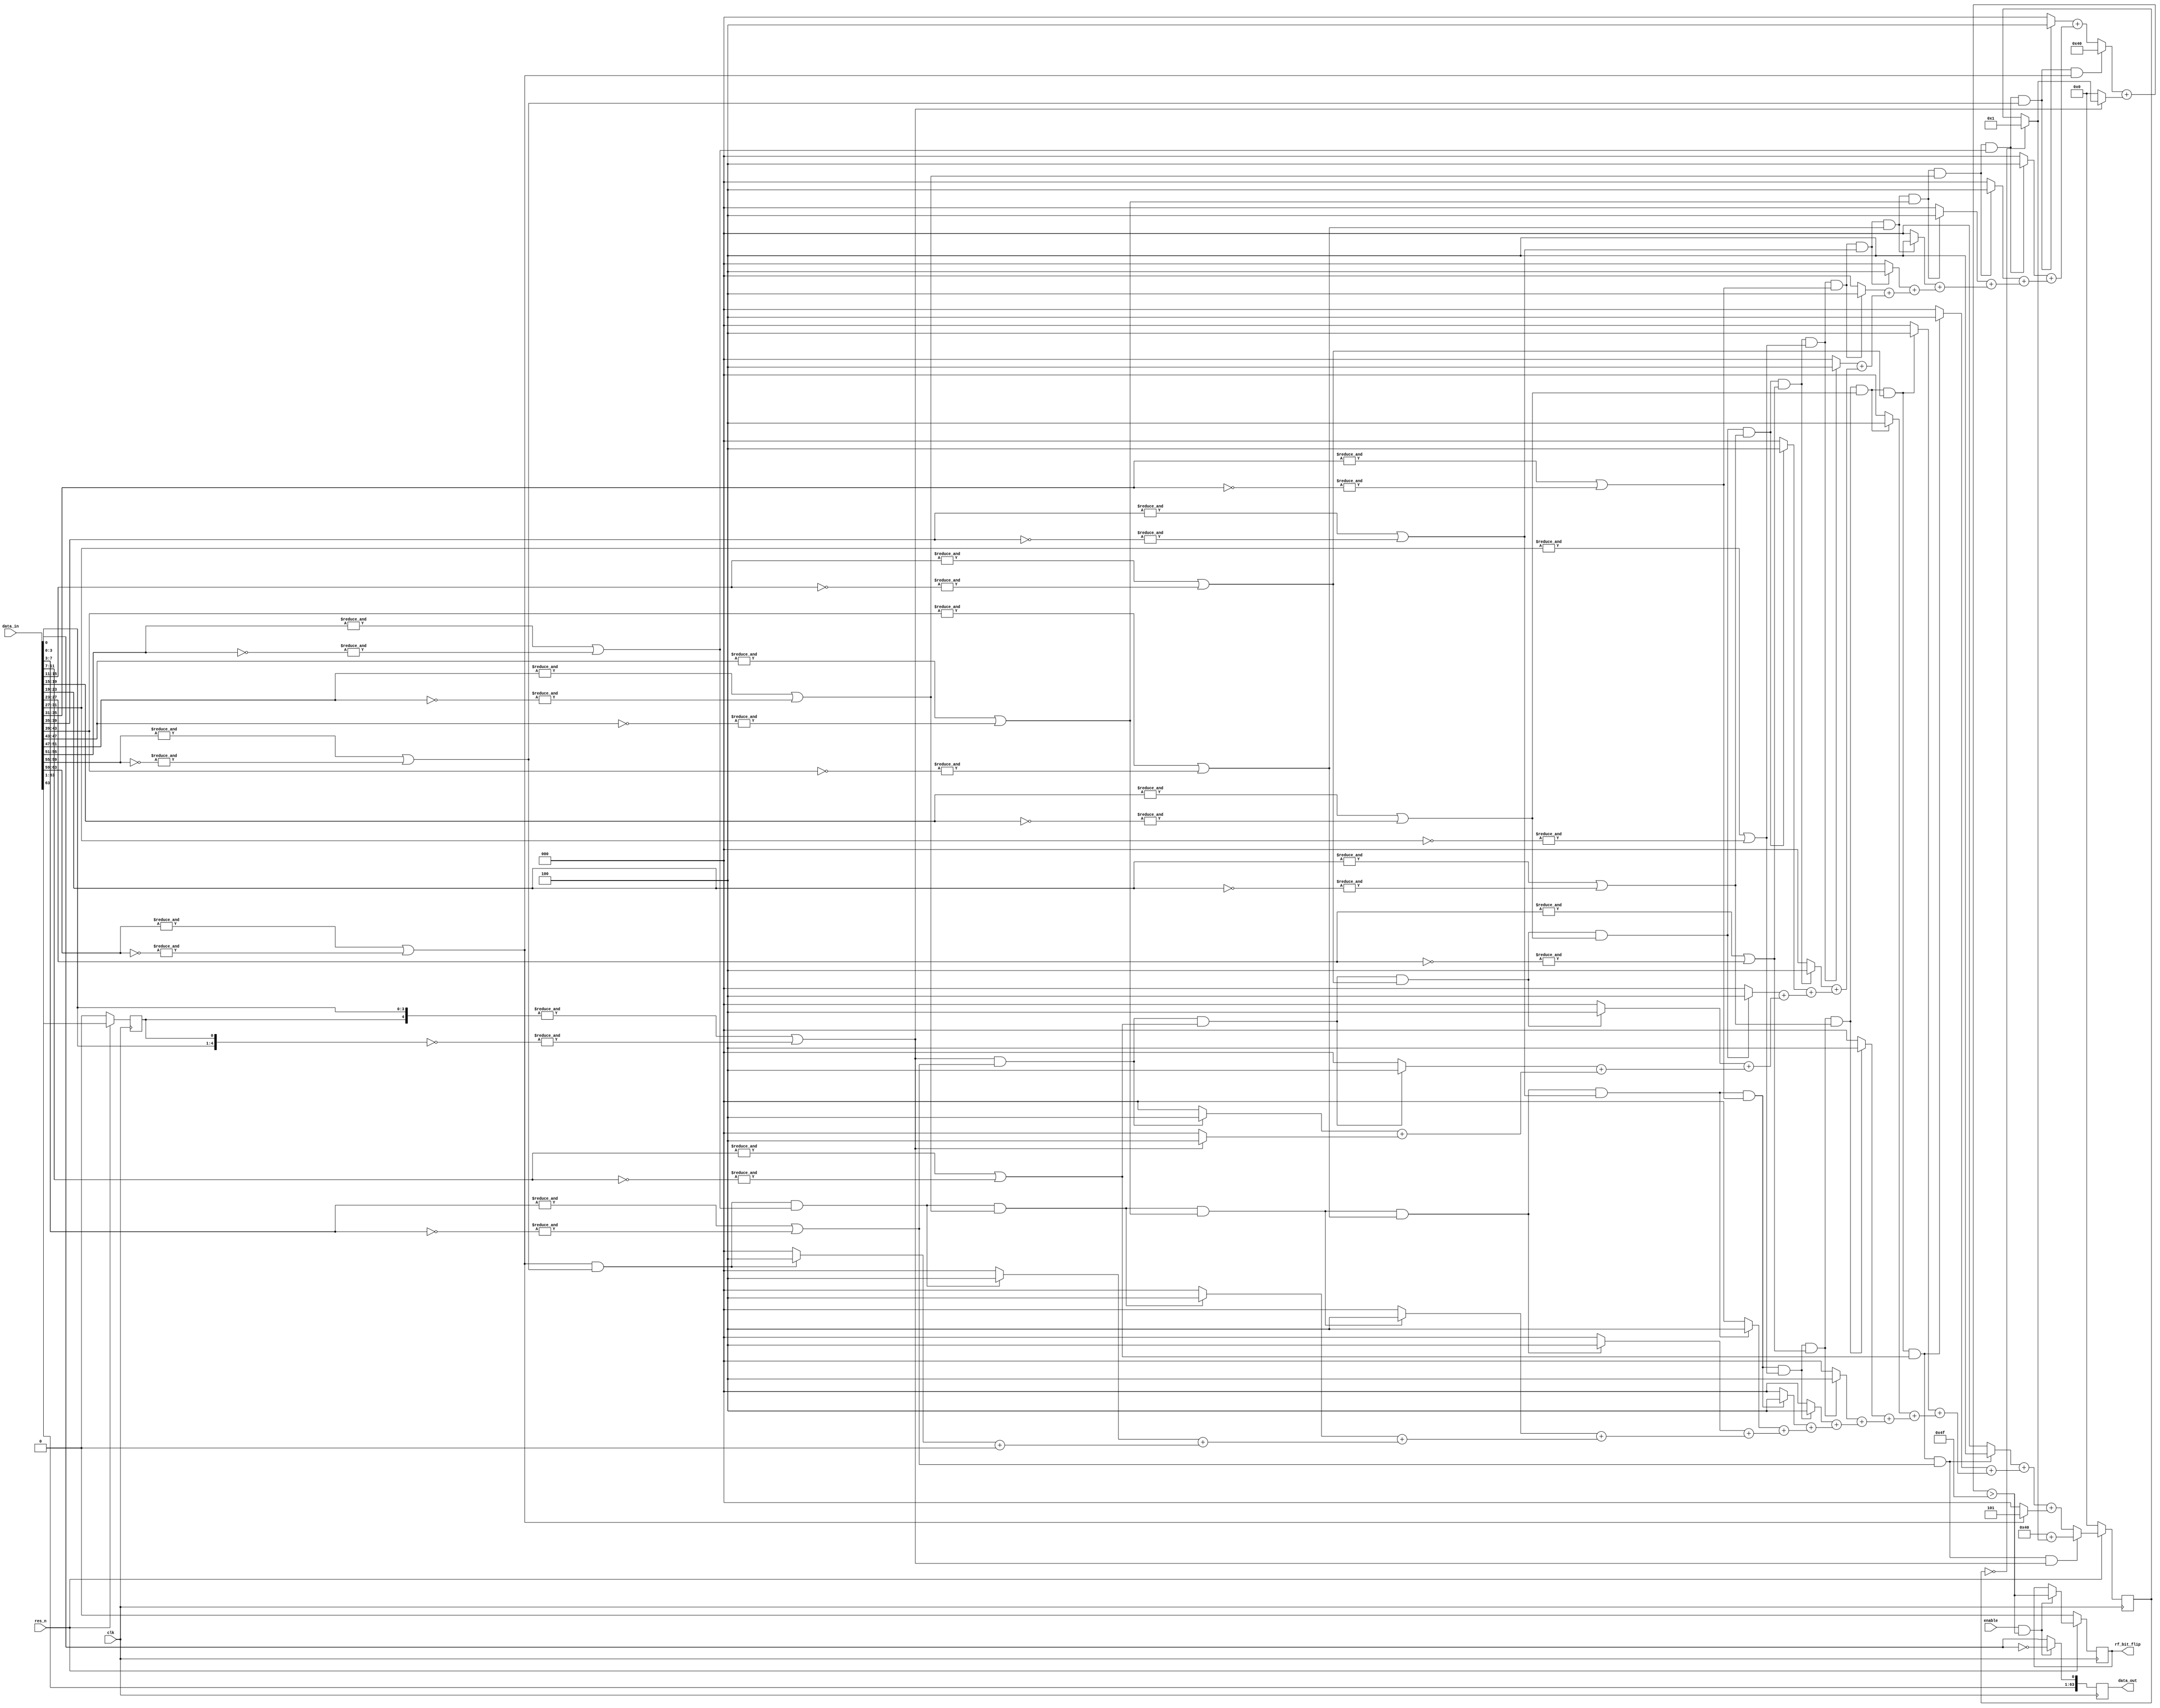
/*
 *                              .--------------. .----------------. .------------.
 *                             | .------------. | .--------------. | .----------. |
 *                             | | ____  ____ | | | ____    ____ | | |   ______ | |
 *                             | ||_   ||   _|| | ||_   \  /   _|| | | .' ___  || |
 *       ___  _ __   ___ _ __  | |  | |__| |  | | |  |   \/   |  | | |/ .'   \_|| |
 *      / _ \| '_ \ / _ \ '_ \ | |  |  __  |  | | |  | |\  /| |  | | || |       | |
 *       (_) | |_) |  __/ | | || | _| |  | |_ | | | _| |_\/_| |_ | | |\ `.___.'\| |
 *      \___/| .__/ \___|_| |_|| ||____||____|| | ||_____||_____|| | | `._____.'| |
 *           | |               | |            | | |              | | |          | |
 *           |_|               | '------------' | '--------------' | '----------' |
 *                              '--------------' '----------------' '------------'
 *
 *  openHMC - An Open Source Hybrid Memory Cube Controller
 *  (C) Copyright 2014 Computer Architecture Group - University of Heidelberg
 *  www.ziti.uni-heidelberg.de
 *  B6, 26
 *  68159 Mannheim
 *  Germany
 *
 *  Contact: openhmc@ziti.uni-heidelberg.de
 *  http://ra.ziti.uni-heidelberg.de/openhmc
 *
 *   This source file is free software: you can redistribute it and/or modify
 *   it under the terms of the GNU Lesser General Public License as published by
 *   the Free Software Foundation, either version 3 of the License, or
 *   (at your option) any later version.
 *
 *   This source file is distributed in the hope that it will be useful,
 *   but WITHOUT ANY WARRANTY; without even the implied warranty of
 *   MERCHANTABILITY or FITNESS FOR A PARTICULAR PURPOSE.  See the
 *   GNU Lesser General Public License for more details.
 *
 *   You should have received a copy of the GNU Lesser General Public License
 *   along with this source file.  If not, see <http://www.gnu.org/licenses/>.
 *
 *
 *  Module name: tx_run_length_limiter
 *
 *  Description:
 *  The idea is to break the counts up into manageable chunks.  FPGAs have 6-input LUTs, so a
 *  reasonable granularity is 5.  This means that we check 5 bits + the previous bit in every chunk.
 *
 *  Granularity 1 should be more accurate, but uses more resources.
 *
 *  When there are no bit flips in the input, count_top and count_bottom should be equal.
 *  Calculating them separately is faster and uses fewer resources.
 */

`default_nettype none

module tx_run_length_limiter #(
    parameter LANE_WIDTH  =64,
    parameter GRANULARITY =4,
    parameter RUN_LIMIT   =85
)
(
    input wire              clk,
    input wire              res_n,
    input wire              enable,
    input wire [LANE_WIDTH-1:0] data_in,
    output reg [LANE_WIDTH-1:0] data_out,
    output reg              rf_bit_flip
);

localparam NUM_CHUNKS   = (LANE_WIDTH + GRANULARITY-1)/(GRANULARITY);
localparam REM_BITS     = LANE_WIDTH - (GRANULARITY * (LANE_WIDTH/GRANULARITY));
localparam COUNT_BITS   = 8;

wire [NUM_CHUNKS-1:0] no_flip;
wire [NUM_CHUNKS-1:0] still_counting_top;
wire [NUM_CHUNKS-1:0] still_counting_bottom;

wire [COUNT_BITS-1:0] count_top;
wire [COUNT_BITS-1:0] count_top_part    [NUM_CHUNKS-1:0];
wire [COUNT_BITS-1:0] count_bottom;
wire [COUNT_BITS-1:0] count_bottom_part [NUM_CHUNKS-1:0];

wire bit_flip;

reg [COUNT_BITS-1:0] count_bottom_d1;
reg                  no_flip_bottom_d1;
reg                  data_in_bottom_d1;

genvar chunk;
genvar chunkT;
genvar chunkB;
generate

    assign no_flip[0] = &( {data_in[GRANULARITY-1:0],data_in_bottom_d1}) ||
                        &(~{data_in[GRANULARITY-1:0],data_in_bottom_d1});

    for(chunk=1; chunk<NUM_CHUNKS-1; chunk=chunk+1) begin : no_flip_gen
        assign no_flip[chunk]    =  &( data_in[(chunk+1)*(GRANULARITY)-1:chunk*(GRANULARITY)-1]) ||
                                    &(~data_in[(chunk+1)*(GRANULARITY)-1:chunk*(GRANULARITY)-1]);
    end

    assign no_flip[NUM_CHUNKS-1] =  &( data_in[LANE_WIDTH-1:(NUM_CHUNKS-1)*(GRANULARITY)-1]) ||
                                    &(~data_in[LANE_WIDTH-1:(NUM_CHUNKS-1)*(GRANULARITY)-1]);


    // Start at the top and count until a flip is found
    assign still_counting_top[0] = no_flip[0];
    assign count_top_part[0]     = (no_flip[0] ? GRANULARITY : 0);

    for(chunkT=1; chunkT<NUM_CHUNKS; chunkT=chunkT+1) begin : count_top_gen
        assign still_counting_top[chunkT]   = still_counting_top[chunkT-1] && no_flip[chunkT];
        assign count_top_part[chunkT]       = (still_counting_top[chunkT] ? GRANULARITY : 0) + count_top_part[chunkT-1];
    end

    assign count_top = (still_counting_top[NUM_CHUNKS-1] ? LANE_WIDTH :             // No flips found
                        count_top_part[NUM_CHUNKS-2]) +                     // Take the last value
                        (no_flip[0] ? (count_bottom_d1 == 0 ? 1 : count_bottom_d1) : 0); // Add the saved count

    // Start at the bottom and count until a flip is found
    assign still_counting_bottom[0] = no_flip[NUM_CHUNKS-1];
    assign count_bottom_part[0]     = 0;

    for(chunkB=1; chunkB<NUM_CHUNKS; chunkB=chunkB+1) begin : count_bottom_gen
        assign still_counting_bottom[chunkB] = still_counting_bottom[chunkB-1] && no_flip[NUM_CHUNKS-1-chunkB];
        assign count_bottom_part[chunkB]     = (still_counting_bottom[chunkB] ? GRANULARITY : 0) + count_bottom_part[chunkB-1];
    end

    assign count_bottom = still_counting_bottom[NUM_CHUNKS-1] ? LANE_WIDTH + (count_bottom_d1 == 0 ? 1 : count_bottom_d1) : // No flips found + saved count
                          count_bottom_part[NUM_CHUNKS-2] +                                     // Take the last value
                          (no_flip[NUM_CHUNKS-1] ? (REM_BITS ? REM_BITS : GRANULARITY) + 1 : 0);    // Add the remainder

endgenerate

assign bit_flip = count_top > (RUN_LIMIT - (GRANULARITY-1) - (REM_BITS ? REM_BITS-1 : GRANULARITY-1));

`ifdef ASYNC_RES
always @(posedge clk or negedge res_n)  begin `else
always @(posedge clk)  begin `endif

    `ifdef RESET_ALL
        if(!res_n) begin
            data_out <= {DWIDTH {1'b0}};
        end else 
    `endif
    begin
        if (enable && bit_flip) begin
            data_out    <= {data_in[LANE_WIDTH-1:1], ~data_in[0]};
        end else begin
            data_out    <= data_in;
        end
    end
    if (!res_n) begin
        count_bottom_d1   <= { COUNT_BITS {1'b0}};
        no_flip_bottom_d1 <= 1'b0;
        data_in_bottom_d1 <= 1'b0;
        rf_bit_flip       <= 1'b0;
    end else begin
        count_bottom_d1   <= count_bottom;
        no_flip_bottom_d1 <= no_flip[NUM_CHUNKS-1];
        data_in_bottom_d1 <= data_in[LANE_WIDTH-1];
        if (enable && bit_flip) begin
            rf_bit_flip <= bit_flip;
        end
    end
end

endmodule